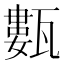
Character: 甊